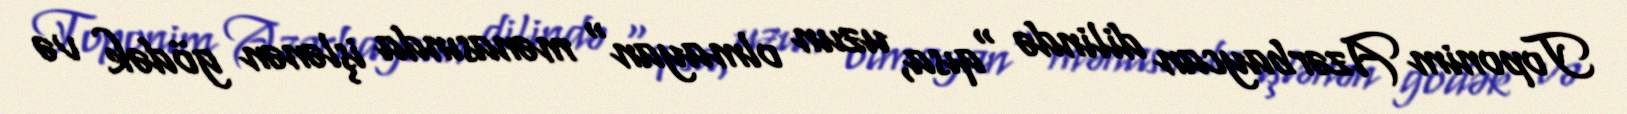
Toponim Azərbaycan dilində "qısa, uzun olmayan" mənasında işlənən gödək və